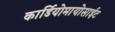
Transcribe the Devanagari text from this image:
कार्डियोमायोसाईट